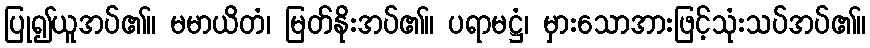
ပြု၍ယူအပ်၏။ မမာယိတံ၊ မြတ်နိုးအပ်၏။ ပရာမဋ္ဌံ၊ မှားသောအားဖြင့်သုံးသပ်အပ်၏။